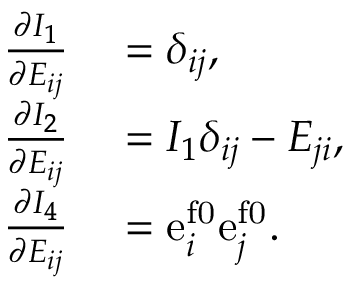
\begin{array} { r l } { \frac { \partial I _ { 1 } } { \partial E _ { i j } } } & { { } = \delta _ { i j } , } \\ { \frac { \partial I _ { 2 } } { \partial E _ { i j } } } & { { } = I _ { 1 } \delta _ { i j } - E _ { j i } , } \\ { \frac { \partial I _ { 4 } } { \partial E _ { i j } } } & { { } = \mathrm { e } _ { i } ^ { \mathrm { f 0 } } \mathrm { e } _ { j } ^ { \mathrm { f 0 } } . } \end{array}